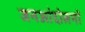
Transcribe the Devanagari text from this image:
जनआंदोलनों